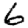
Digit: 6